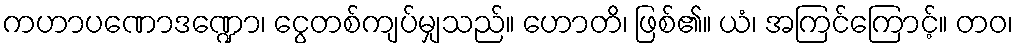
ကဟာပဏောဒဏ္ဍော၊ ငွေတစ်ကျပ်မျှသည်။ ဟောတိ၊ ဖြစ်၏။ ယံ၊ အကြင်ကြောင့်။ တဝ၊